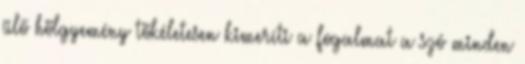
ülő hölgyemény tökéletesen kimeríti a fogalmat a szó minden